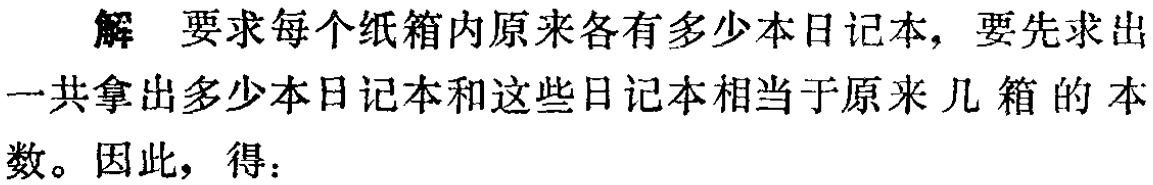
解 要求每个纸箱内原来各有多少本日记本，要先求出
一共拿出多少本日记本和这些日记本相当于原来几箱的本
数。因此，得：